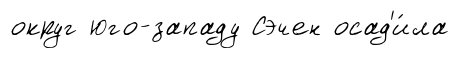
округ юго-западу Сэчен осад'и́ла